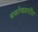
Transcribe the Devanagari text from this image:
बर्फाच्छादीत